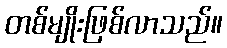
တစ်မျိုးဖြစ်လာသည်။